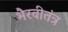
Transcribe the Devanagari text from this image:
भैरवीतंत्र